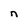
Character: n